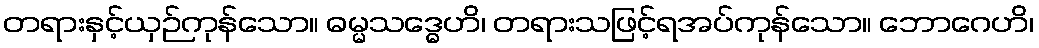
တရားနှင့်ယှဉ်ကုန်သော။ ဓမ္မသဒ္ဓေဟိ၊ တရားသဖြင့်ရအပ်ကုန်သော။ ဘောဂေဟိ၊